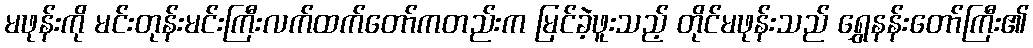
မဖုန်းကို မင်းတုန်းမင်းကြီးလက်ထက်တော်ကတည်းက မြင်ခဲ့ဖူးသည့် တိုင်မဖုန်းသည် ရွှေနန်းတော်ကြီး၏